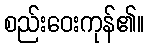
စည်းဝေးကုန်၏။